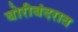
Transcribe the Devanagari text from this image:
बोरीबंदरात